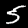
Digit: 5